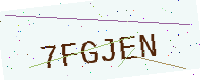
Text: 7FGJEN